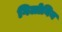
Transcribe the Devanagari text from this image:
गिलोनिन